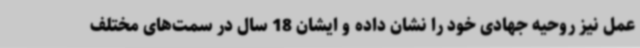
عمل نیز روحیه جهادی خود را نشان داده و ایشان 18 سال در سمت‌های مختلف